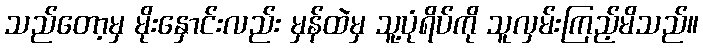
သည်တော့မှ မိုးနှောင်းလည်း မှန်ထဲမှ သူ့ပုံရိပ်ကို သူလှမ်းကြည့်မိသည်။